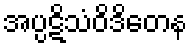
အပ္ပဋိသံဝိဒိတေန